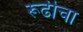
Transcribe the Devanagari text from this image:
रूढीचा